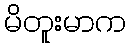
မိတူးမာက